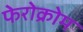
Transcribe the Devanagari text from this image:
फेरोक्रोम